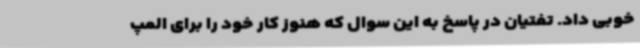
خوبی داد. تفتیان در پاسخ به این سوال که هنوز کار خود را برای المپ